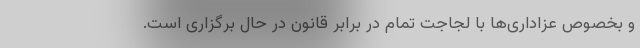
و بخصوص عزاداری‌ها با لجاجت تمام در برابر قانون در حال برگزاری است.